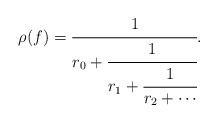
LaTeX: \begin{align*} \rho(f)=\cfrac{1}{r_0+\cfrac{1}{r_1+\cfrac{1}{r_2+\dotsb}}}.\end{align*}